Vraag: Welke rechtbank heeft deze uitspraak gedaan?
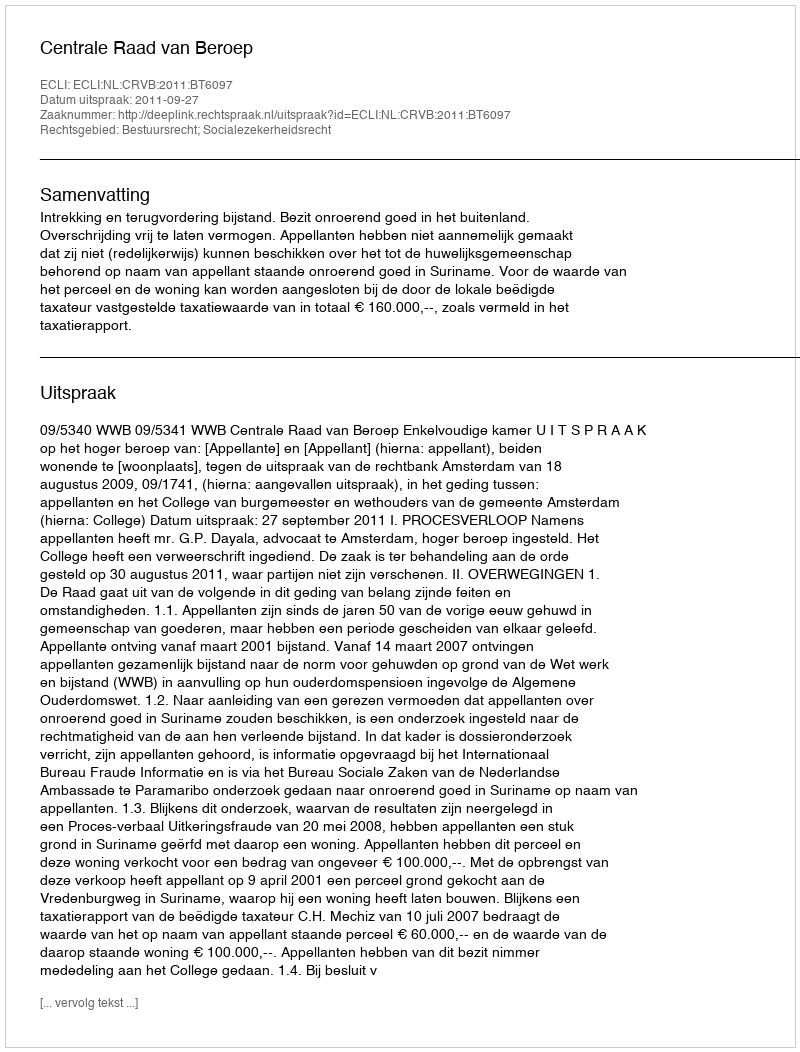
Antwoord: Centrale Raad van Beroep